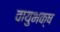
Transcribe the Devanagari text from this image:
वायुभक्ष